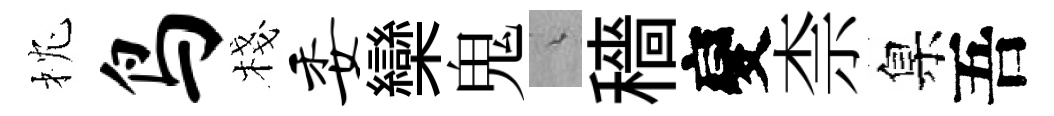
枕鸟棧委欒鬼綿穡變柰臬吾